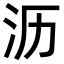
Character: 沥